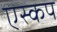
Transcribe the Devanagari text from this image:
एस्कप